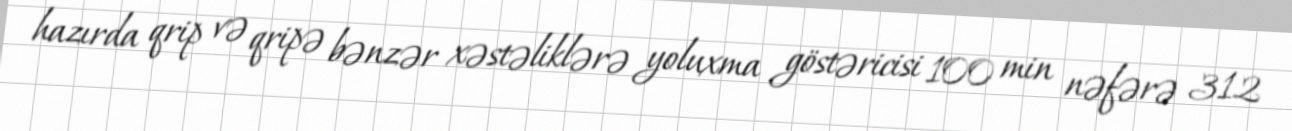
hazırda qrip və qripə bənzər xəstəliklərə yoluxma göstəricisi 100 min nəfərə 312